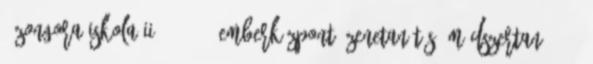
; Zongora-iskola II. 1977. ; Emberközpontú zenetanítás, módszertan 1979.